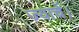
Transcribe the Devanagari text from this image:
ज्याचें।